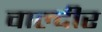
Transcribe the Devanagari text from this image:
वाल्दीर